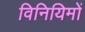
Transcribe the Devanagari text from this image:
विनियिमों